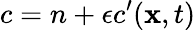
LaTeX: c=n+\epsilon c^{\prime}(\mathbf{x},t)